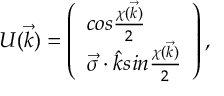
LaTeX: U ( \vec { k } ) = \left( \begin{array} { l } { { c o s \frac { \chi ( \vec { k } ) } { 2 } } } \\ { { \vec { \sigma } \cdot \hat { k } s i n \frac { \chi ( \vec { k } ) } { 2 } } } \end{array} \right) ,